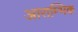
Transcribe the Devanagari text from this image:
आराम्भिक